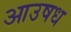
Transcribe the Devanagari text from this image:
आउषध